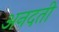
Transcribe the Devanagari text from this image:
अनदती